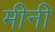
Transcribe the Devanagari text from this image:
मीनी